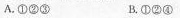
A.①②③ B.①②④